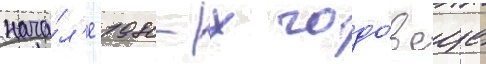
нача́л'е 1980-х годо́в еще